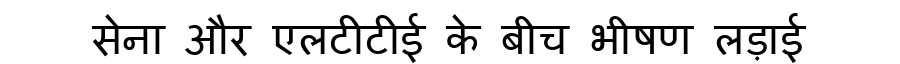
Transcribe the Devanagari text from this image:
सेना और एलटीटीई के बीच भीषण लड़ाई